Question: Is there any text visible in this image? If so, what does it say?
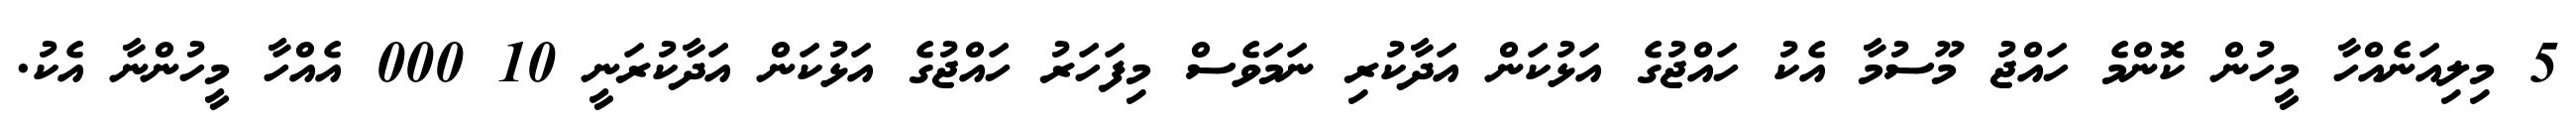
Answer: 5 މިލިއަނެއްހާ މީހުން ކޮންމެ ހައްޖު މޫސުމާ އެކު ހައްޖުގެ އަޅުކަން އަދާކުރި ނަމަވެސް މިފަހަރު ހައްޖުގެ އަޅުކަން އަދާކުރަނީ 10 000 އެއްހާ މީހުންނާ އެކު.